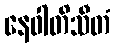
နေဝါတိသီတံ